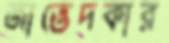
জাভেদকার